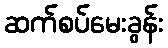
ဆက်စပ်မေးခွန်း